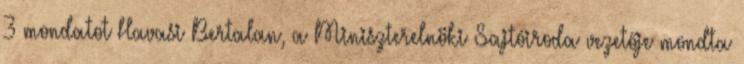
3 mondatot Havasi Bertalan, a Miniszterelnöki Sajtóiroda vezetője mondta